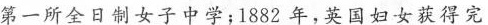
第一所全日制女子中学；1882年，英国妇女获得完